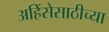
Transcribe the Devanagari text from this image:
अहिंसेसाठीच्या